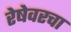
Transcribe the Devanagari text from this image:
रेषेवरचा